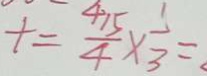
t = \frac { 4 1 5 } { 4 } \times \frac { 1 } { 3 } =